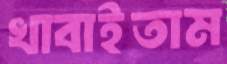
খাবাইতাম